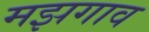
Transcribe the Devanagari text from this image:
मझगाव